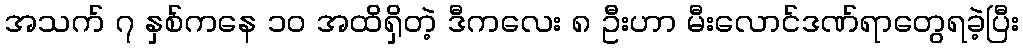
အသက် ၇ နှစ်ကနေ ၁၀ အထိရှိတဲ့ ဒီကလေး ၈ ဦးဟာ မီးလောင်ဒဏ်ရာတွေရခဲ့ပြီး